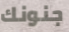
جنونك